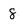
Character: 8